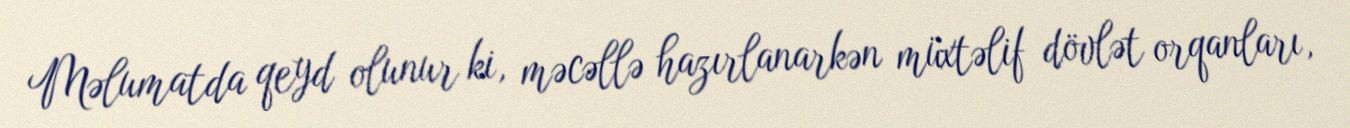
Məlumatda qeyd olunur ki, məcəllə hazırlanarkən müxtəlif dövlət orqanları,